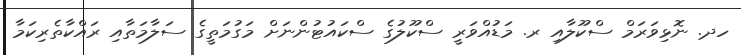
ހދ. ނޮޅިވަރަމް ސްކޫލާއި ރ. މަޑުއްވަރީ ސްކޫލުގެ ސްކައުޓުންނަށް މަގުމަތީގެ ސަލާމަތާއި ރައްކާތެރިކަމާ